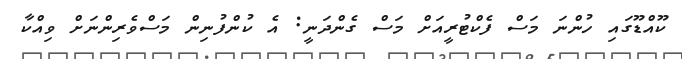
ކޫއްޑޫގައި ހުންނަ މަސް ފެކްޓުރީއަށް މަސް ގެންދަނީ: އެ ކުންފުނިން މަސްވެރިންނަށް ވިއްކާ